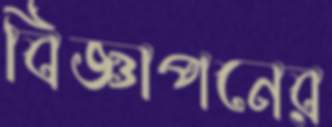
বিজ্ঞাপনের